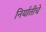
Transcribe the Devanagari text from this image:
निर्यातीचे